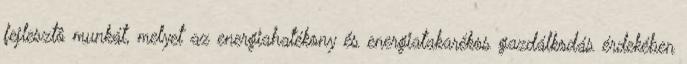
fejlesztô munkát, melyet az energiahatékony és energiatakarékos gazdálkodás érdekében